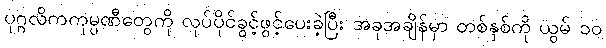
ပုဂ္ဂလိကကုမ္ပဏီတွေကို လုပ်ပိုင်ခွင့်ဖွင့်ပေးခဲ့ပြီး အခုအချိန်မှာ တစ်နှစ်ကို ယွမ် ၁၀